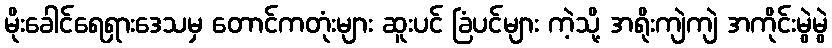
မိုးခေါင်ရေရှားဒေသမှ တောင်ကတုံးများ ဆူးပင် ခြံပင်များ ကဲ့သို့ အရိုးကျဲကျဲ အကိုင်းမွဲမွဲ